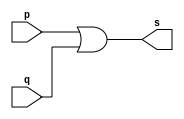
// ------------------------- 
// Exemplo0004 - OR 
// Nome: Milton costa teles da silva
// ------------------------- 
// ------------------------- 
// -- or gate 
// ------------------------- 
module orgate ( output s,input p, q); 
assign s = p | q; 
endmodule // orgate 
// --------------------- 
// -- test or gate 
// --------------------- 
module testorgate; 
// ------------------------- dados locais 
reg a, b; // definir registradores 
wire s; // definir conexao (fio) 
// ------------------------- instancia 
orgate OR1 (s, a, b); 
// ------------------------- preparacao 
initial begin:start 
a=0; b=0; 
end 
// ------------------------- parte principal 
initial begin 
$display("Exemplo0004 - Milton teles da silva - 2751"); 
$display("Test OR gate"); 
$display("\na & b = s\n"); 
a=0; b=0; 
#1 $display("%b & %b = %b", a, b, s); 
a=0; b=1; 
#1 $display("%b & %b = %b", a, b, s); 
a=1; b=0; 
#1 $display("%b & %b = %b", a, b, s); 
a=1; b=1; 
#1 $display("%b & %b = %b", a, b, s); 
end 
endmodule // testorgate